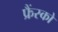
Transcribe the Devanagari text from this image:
फ्रैंस्को